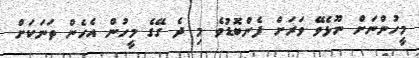
މީހުންނަށް ނޫޅެވޭ ވަރަށް ފެންބޮޑުވެ މި ދެ ގޭގެ މީހުން އެހެން ތަނަކަށް